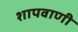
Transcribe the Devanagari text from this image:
शापवाणी